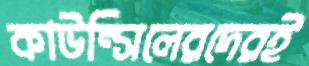
কাউন্সিলেরদেরই